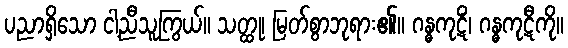
ပညာရှိသော ငါ့ညီသူကြွယ်။ သတ္ထု၊ မြတ်စွာဘုရား၏။ ဂန္ဓကုဋိံ၊ ဂန္ဓကုဋီကို။